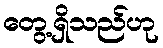
တွေ့ရှိသည်ဟု